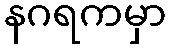
နဂရကမှာ